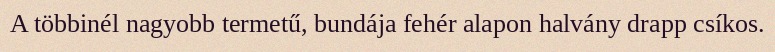
A többinél nagyobb termetű, bundája fehér alapon halvány drapp csíkos.